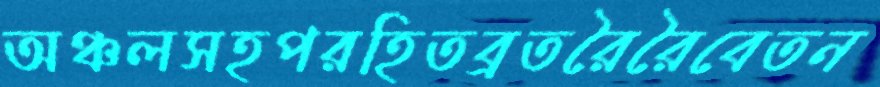
অঞ্চলসহপরহিতব্রতরৈরৈবেতন